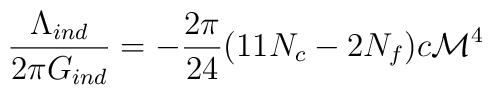
{\Lambda_{ind}\over {2\pi G_{ind}}} = -{2\pi\over 24}(11 N_c -2N_f)c{\cal M}^4